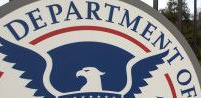
DEPARTMENT OF